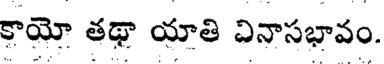
కాయో తథా యాతి వినాసభావం.